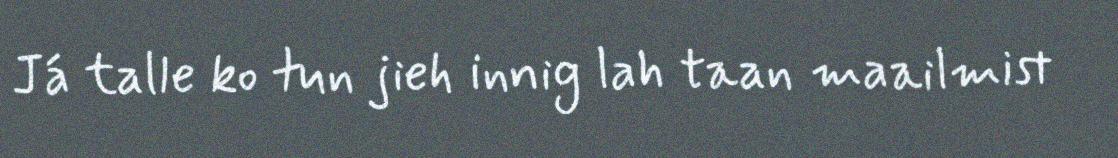
Já talle ko tun jieh innig lah taan maailmist